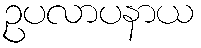
ဥပလာပနာယ